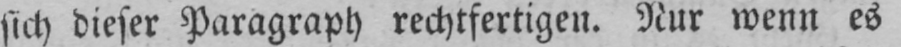
sich dieser Paragraph rechtfertigen. Nur wenn es